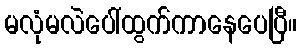
မလုံမလဲပေါ်ထွက်ကာနေပေပြီ။